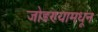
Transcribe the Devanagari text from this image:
जोडण्यामधून